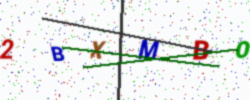
Text: 2BXMBO